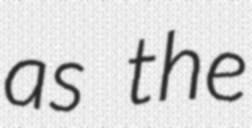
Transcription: as the